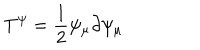
T ^ { \psi } = \frac { 1 } { 2 } \psi _ { \mu } \partial \psi _ { \mu }